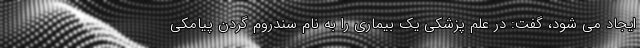
ایجاد می شود، گفت: در علم پزشکی یک بیماری را به نام سندروم گردن پیامکی